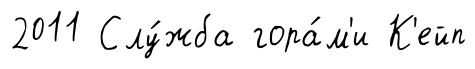
2011 Слу́жба гора́м'и К'ейп